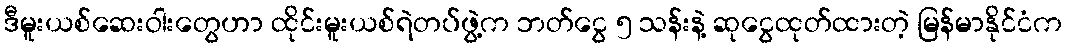
ဒီမူးယစ်ဆေးဝါးတွေဟာ ထိုင်းမူးယစ်ရဲတပ်ဖွဲ့က ဘတ်ငွေ ၅ သန်းနဲ့ ဆုငွေထုတ်ထားတဲ့ မြန်မာနိုင်ငံက